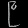
Digit: ၉